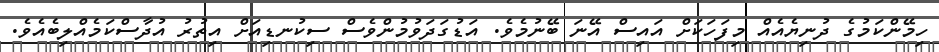
ހިމޭންކަމުގެ ދުނިޔެއެއް މިފަހަކަށް އައިސް އޭނަ ބޭނުމެވެ. އަޑުގަދަވުމުންވެސް ސިކުނޑިއަށް އިތުރު އުދާސްކަމެއްލިބެއެވެ.